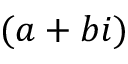
( a + b i )